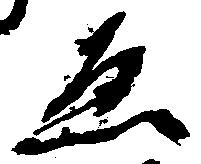
ゑ